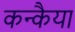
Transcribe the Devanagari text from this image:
कन्कैया